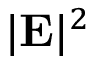
| \mathbf { E } | ^ { 2 }